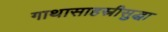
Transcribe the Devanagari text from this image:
गाथासाहस्रीसुद्धा